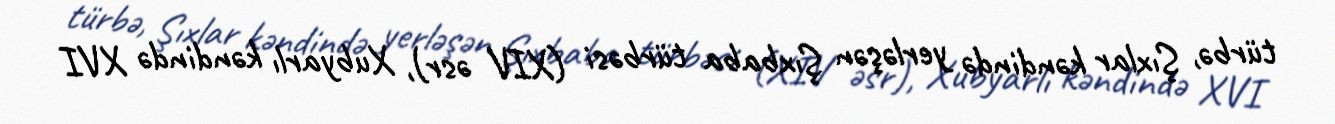
türbə, Şıxlar kəndində yerləşən Şıxbaba türbəsi (XIV əsr), Xubyarlı kəndində XVI